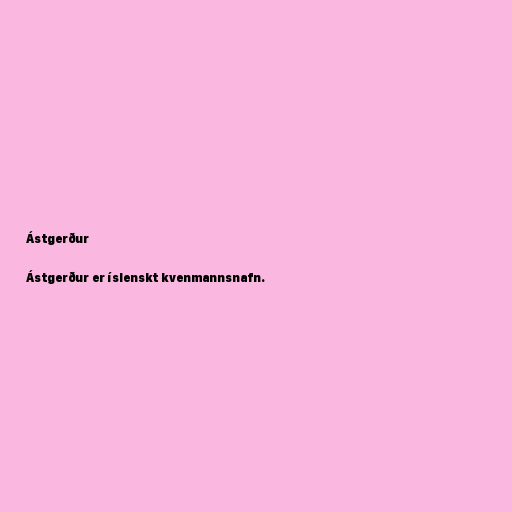
Ástgerður

Ástgerður er íslenskt kvenmannsnafn.